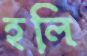
হলি